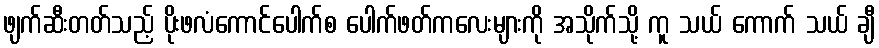
ဖျက်ဆီးတတ်သည့် ပိုးဖလံကောင်ပေါက်စ ပေါက်ဖတ်ကလေးများကို အသိုက်သို့ ကူ သယ် ကောက် သယ် ချီ